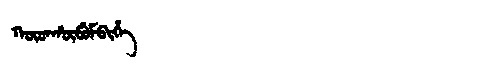
Manchu: ᡴᡡᡨᡥᡡᠪᡠᠮᠪᡳᡥᡝ
Romanization: KŪTHŪBUMBIHE